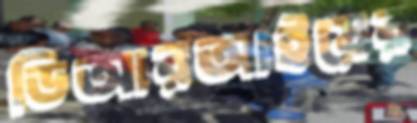
ডিআরআইয়ের